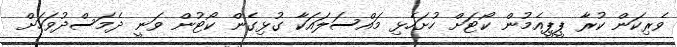
ވެރިކަން ކުރާ ޕީޕީއެމުން ކޯޓަށް ހުށަހެޅި މައްސަލައަކާ ގުޅިގެން ކޯޓުން ވަނީ ދެމަސްދުވަހަށް